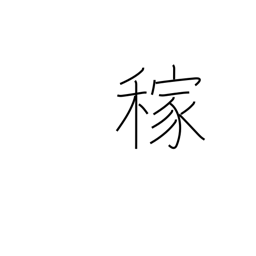
Meaning: earnings